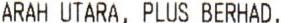
ARAH UTARA, PLUS BERHAD.